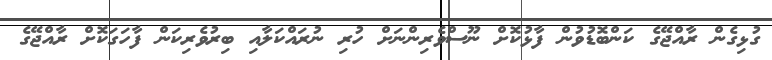
ގުޅިގެން ރާއްޖޭގެ ކަންބޮޑުވުން ފާޅުކޮށް ނޫސްވެރިންނަށް ހުރި ނުރައްކަލާއި ބިރުވެރިކަން ފާހަގަކޮށް ރާއްޖޭގެ